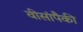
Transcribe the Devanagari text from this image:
वीसांपैकी